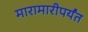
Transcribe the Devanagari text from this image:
मारामारीपर्यंत